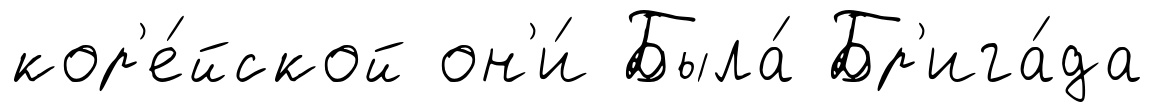
кор'е́йской он'и́ Была́ Бр'ига́да